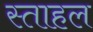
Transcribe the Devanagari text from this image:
स्ताहल